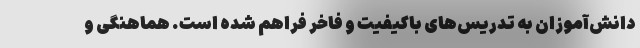
دانش‌آموزان به تدریس‌های باکیفیت و فاخر فراهم شده است. هماهنگی و